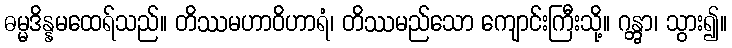
ဓမ္မဒိန္နမထေရ်သည်။ တိဿမဟာဝိဟာရံ၊ တိဿမည်သော ကျောင်းကြီးသို့။ ဂန္တွာ၊ သွား၍။